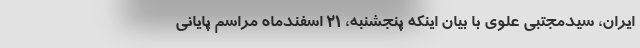
ایران، سیدمجتبی علوی با بیان اینکه پنجشنبه، 21 اسفندماه مراسم پایانی